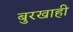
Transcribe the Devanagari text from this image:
बुरखाही